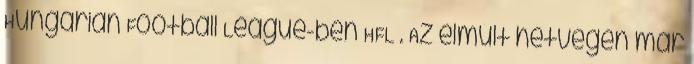
Hungarian Football League-ben HFL . Az elmúlt hétvégén már